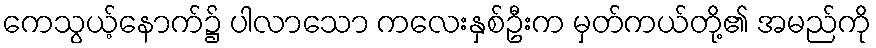
ကေသွယ့်နောက်၌ ပါလာသော ကလေးနှစ်ဦးက မှတ်ကယ်တို့၏ အမည်ကို